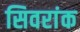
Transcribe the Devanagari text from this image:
सिवरांक